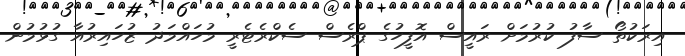
އިރަކުތޯ ސާފު ކުރުމަށް ރައީސް އޮފީހުގެ ޕްރެސް ސެކްރެޓެރީ މުހައްމަދު ޒުހައިރުއާ ގުޅުމުން